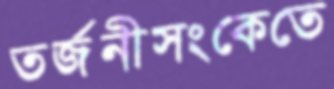
তর্জনীসংকেতে